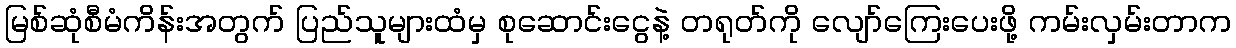
မြစ်ဆုံစီမံကိန်းအတွက် ပြည်သူများထံမှ စုဆောင်းငွေနဲ့ တရုတ်ကို လျော်ကြေးပေးဖို့ ကမ်းလှမ်းတာက